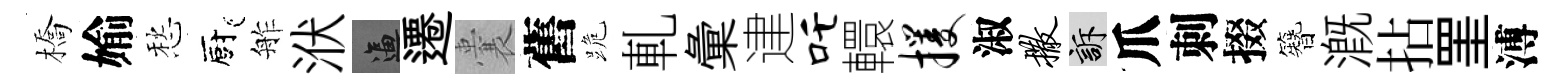
橋媮愁廚舴洑逼遷囊舊跪軋彙䢖吒轘攫淑撒訴爪刺掇簪溉拈罣溥